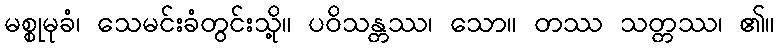
မစ္စုမုခံ၊ သေမင်းခံတွင်းသို့။ ပဝိသန္တဿ၊ သော။ တဿ သတ္တဿ၊ ၏။